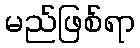
မည်ဖြစ်ရာ